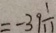
= - 3 9 \frac { 1 } { 1 1 }